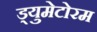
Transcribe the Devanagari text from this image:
ड्युमेटोरम